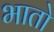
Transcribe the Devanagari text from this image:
भातो